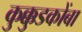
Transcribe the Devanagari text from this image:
कुक्कुडकोंबा